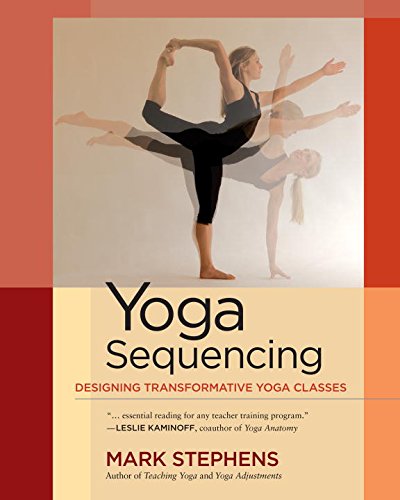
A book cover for Yoga Sequencing: Designing Transformative Yoga Classes; Mark Stephens; Education & Teaching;